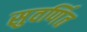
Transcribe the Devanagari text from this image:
सुवर्णित